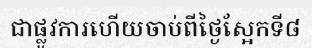
ជាផ្លូវការហើយចាប់ពីថ្ងៃស្អែកទី៨